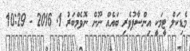
މެޑިކަލް ޓީމަކީ އިންސާފުވެރި ބައެއް ނޫން ނޮވެމްބަރު 1